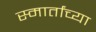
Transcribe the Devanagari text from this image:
स्मार्तांच्या